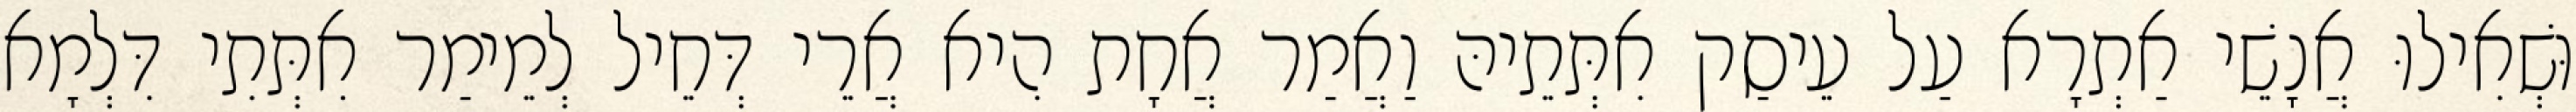
וּשְׁאִילוּ אֲנָשֵׁי אַתְרָא עַל עֵיסַק אִתְּתֵיהּ וַאֲמַר אֲחָת הִיא אֲרֵי דְּחֵיל לְמֵימַר אִתְּתִי דִּלְמָא